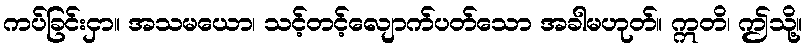
ကပ်ခြင်းငှာ။ အသမယော၊ သင့်တင့်လျောက်ပတ်သော အခါမဟုတ်။ ဣတိ၊ ဤသို့။